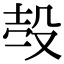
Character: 𣪊